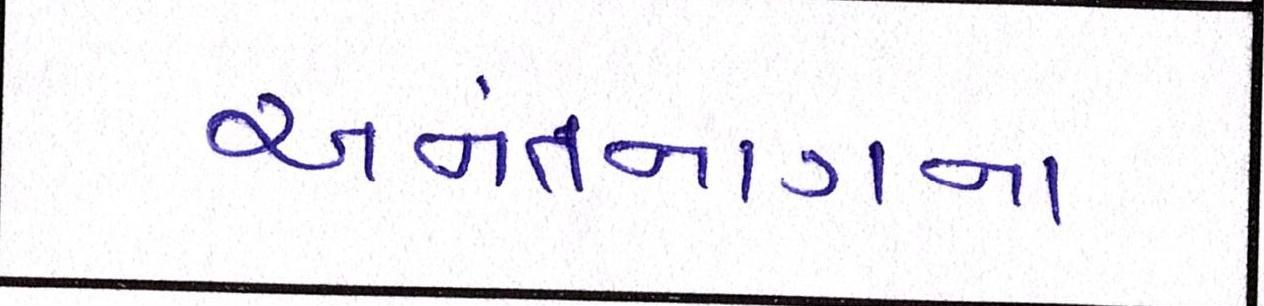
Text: અનંતનાગના